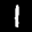
Label: 1